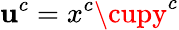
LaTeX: \mathbf{u}^{c}=x^{c}\cupy^{c}